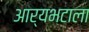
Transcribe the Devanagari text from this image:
आर्यभटाला